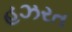
હઝરત